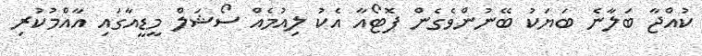
ކުއްޖާ ބަލާނެ ބަޔަކު ބޭނުންވެގެން ފޮޓޯއާ އެކު ލިއުމެއް ސޯޝަލް މީޑީއާގައި އާއްމުކުރި